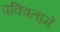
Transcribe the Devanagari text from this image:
पवित्रतामें